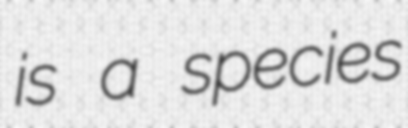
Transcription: is a species